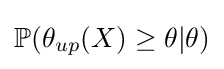
\mathbb {P} (\theta _{up}(X)\geq \theta |\theta )